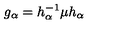
g _ { \alpha } = h _ { \alpha } ^ { - 1 } \mu h _ { \alpha }